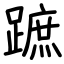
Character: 蹠